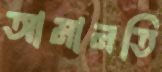
আমানতি